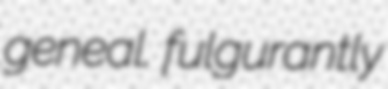
geneal. fulgurantly